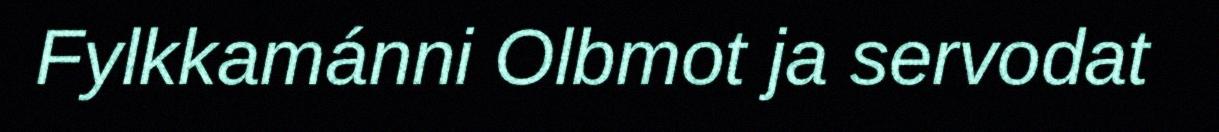
Fylkkamánni Olbmot ja servodat